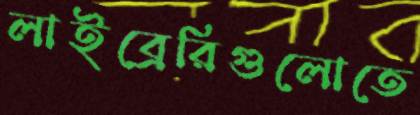
লাইব্রেরিগুলোতে